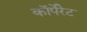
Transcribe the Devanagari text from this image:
काॅर्पेरेट